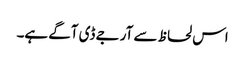
اس لحاظ سے آر جے ڈی آگے ہے۔